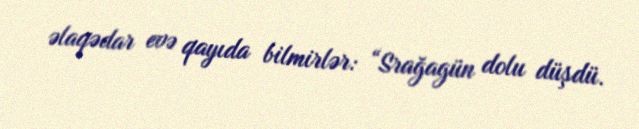
əlaqədar evə qayıda bilmirlər: “Srağagün dolu düşdü.